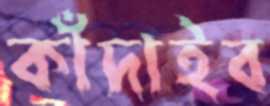
কাঁদাইব